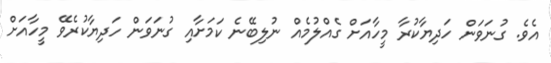
އެވެ. ގުނަވަން ހަދިޔާކުރާ މީހާއަށް ގެއްލުމެއް ނުލިބޭނެ ކަމަށާއި ގުނަވަން ހަދިޔާކުރެވޭ މީހާއަށް